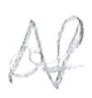
Text: of
Cross-out: zig-zag
Writing tool: pencil